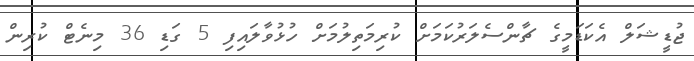
ޖުޑީޝަލް އެކަޑަމީގެ ޗާންސެލަރުކަމަށް ކުރިމަތިލުމަށް ހުޅުވާލައިފި 5 ގަޑި 36 މިނެޓް ކުރިން